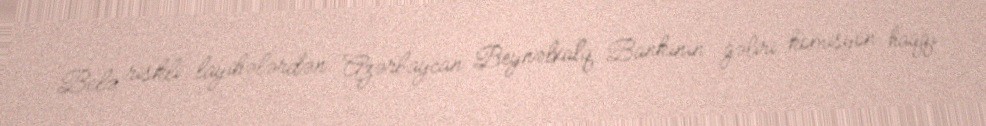
Belə riskli layihələrdən Azərbaycan Beynəlxalq Bankının gəliri komisyon haqqı